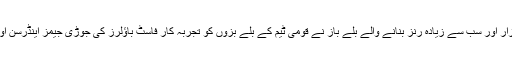
پاکستان کی جانب سے ٹیسٹ کرکٹ میں 10ہزار اور سب سے زیادہ رنز بنانے والے بلے باز نے قومی ٹیم کے بلے بزوں کو تجربہ کار فاسٹ باؤلرز کی جوڑی جیمز اینڈرسن اور اسٹورٹ براڈ کے خطرے سے بھی آگاہ کیا۔